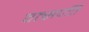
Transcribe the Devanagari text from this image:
वत्सपतिं